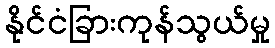
နိုင်ငံခြားကုန်သွယ်မှု